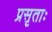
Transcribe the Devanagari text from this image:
प्रसृताः